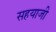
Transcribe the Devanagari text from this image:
सहयाजी